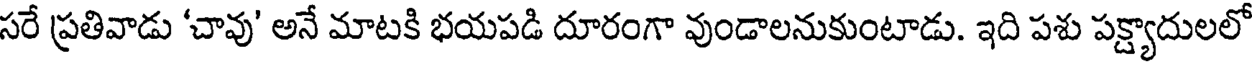
సరే ప్రతివాడు 'చావు' అనే మాటకి భయపడి దూరంగా వుండాలనుకుంటాడు. ఇది పశు పక్ష్యాదులలో